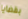
بقضايا